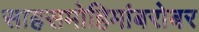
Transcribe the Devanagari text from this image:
साहसमोहिमांबरोबर